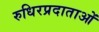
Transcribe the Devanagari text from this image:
रुधिरप्रदाताओं